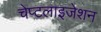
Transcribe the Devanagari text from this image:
चेप्टलाइजेशन